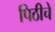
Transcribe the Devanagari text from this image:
पिठीचे